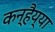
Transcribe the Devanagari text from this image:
कन्हैय्या